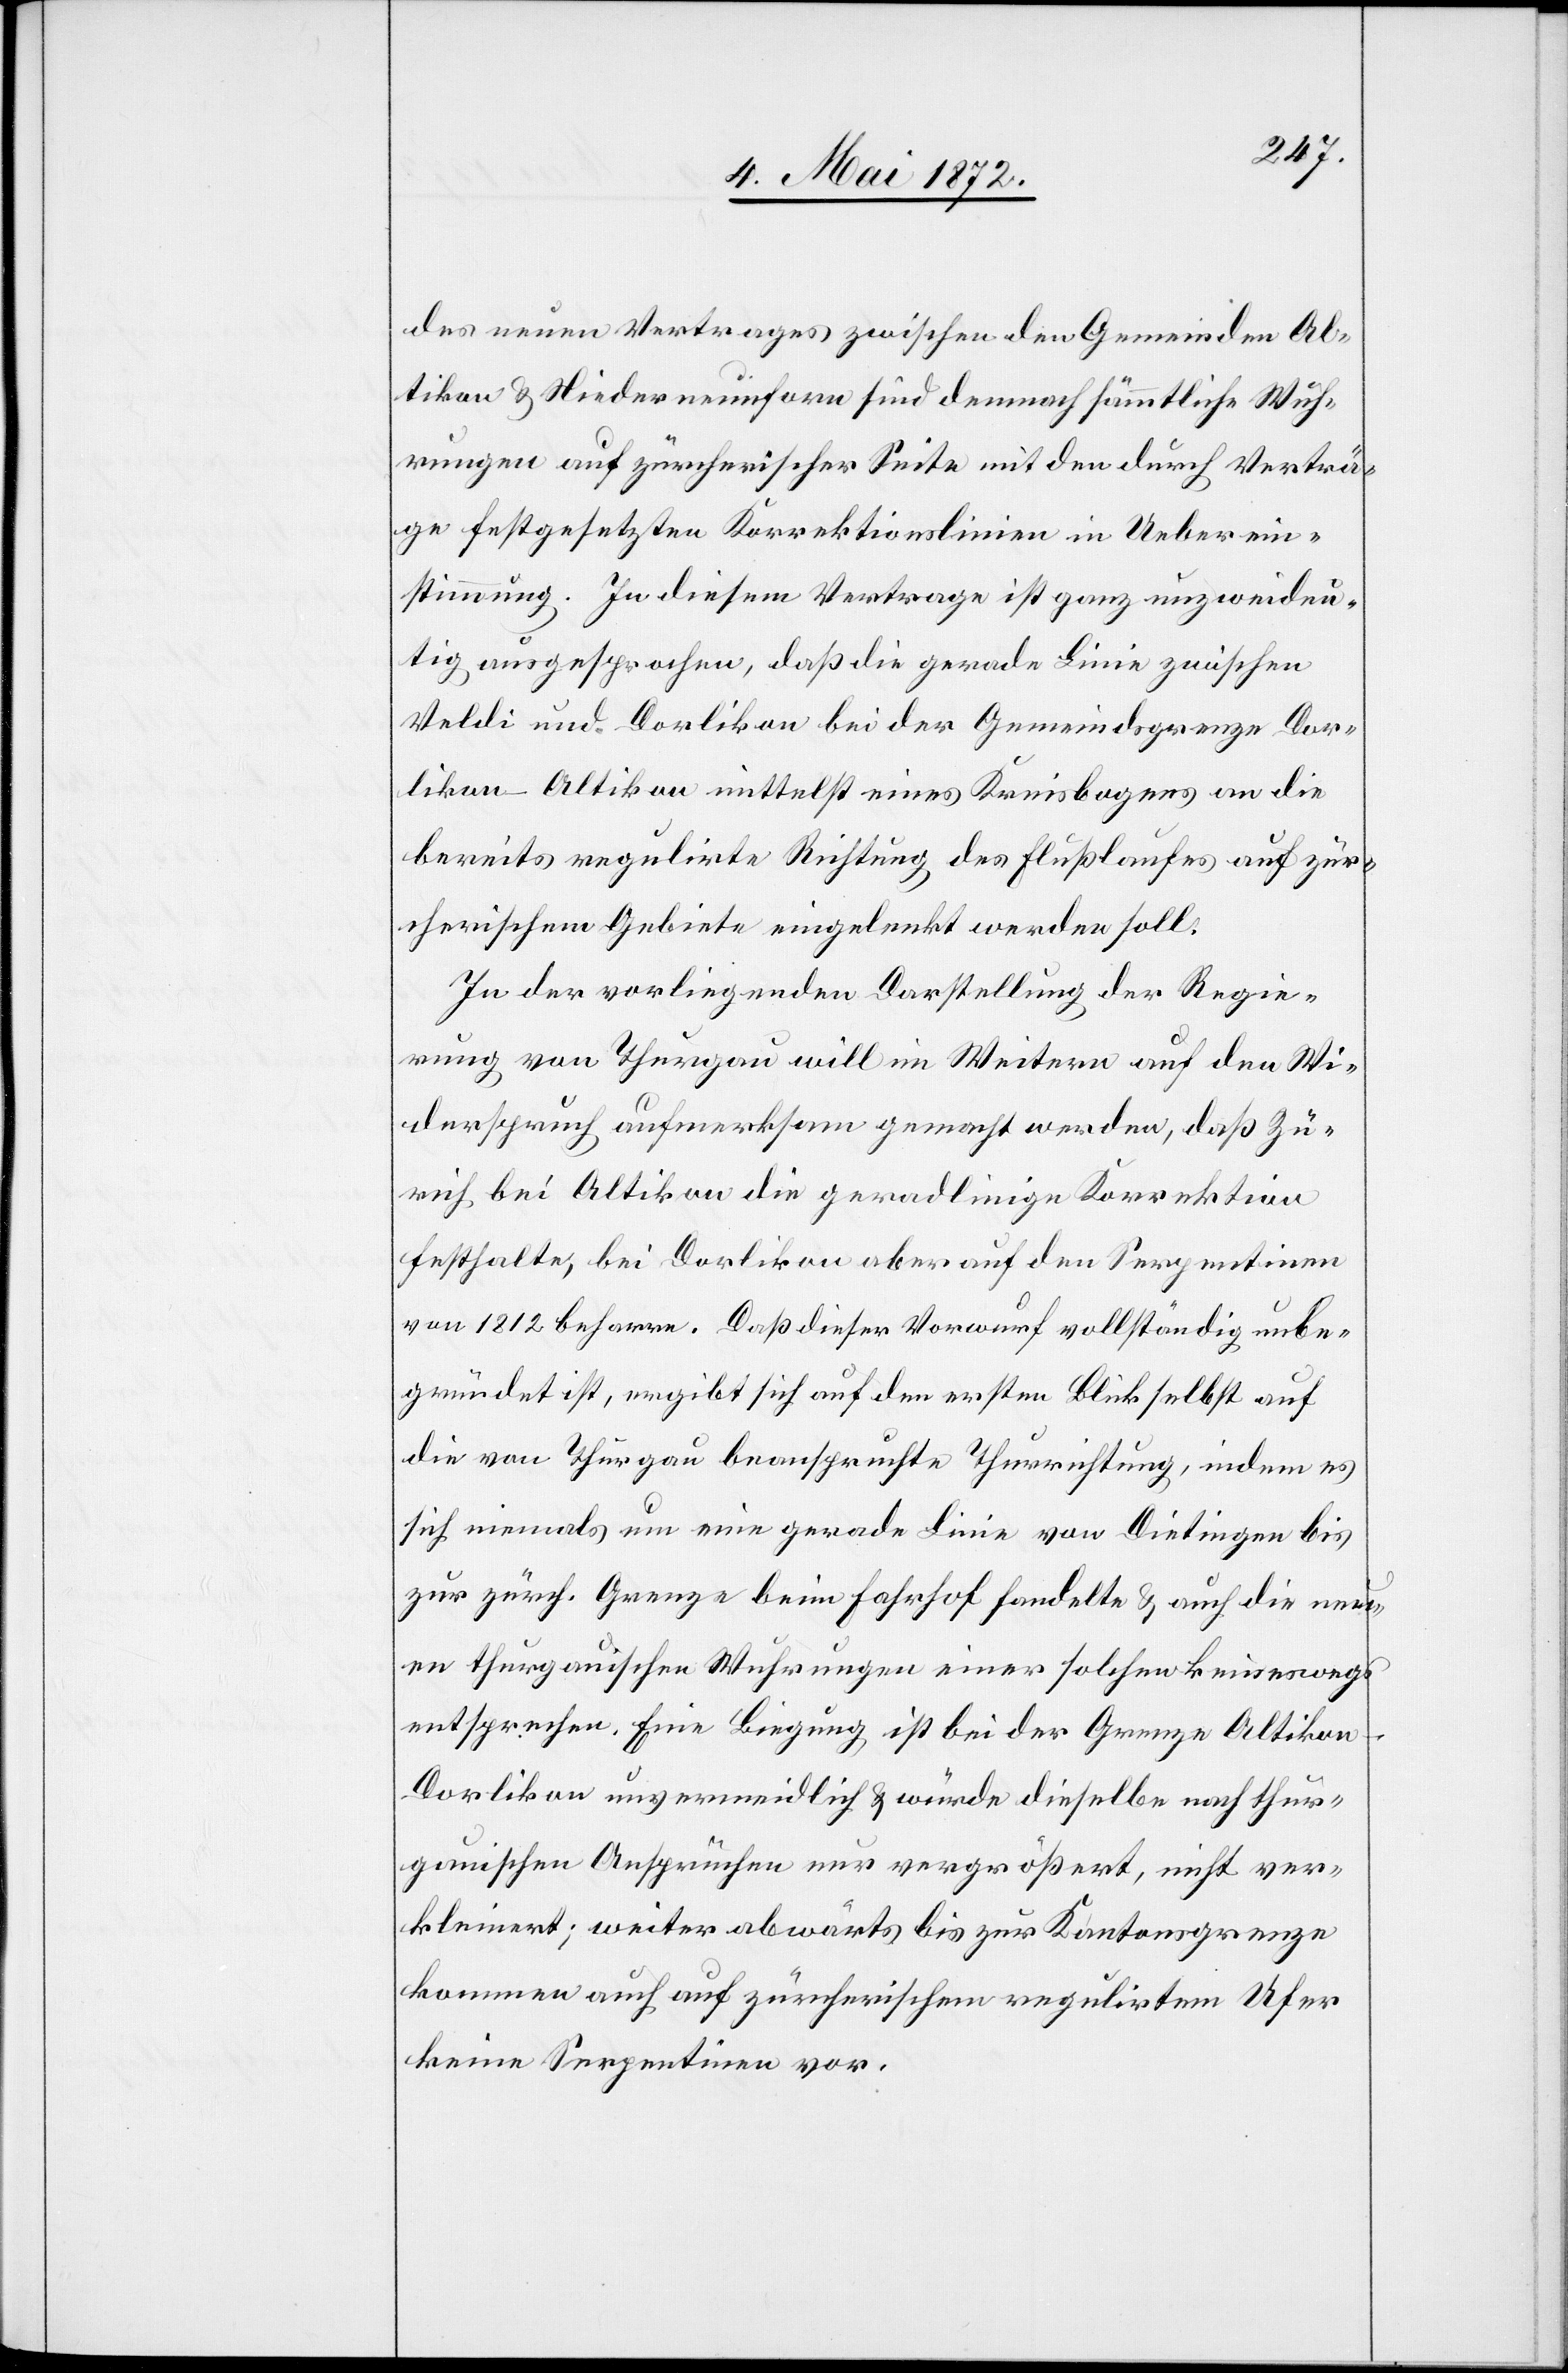
des neuen Vertrages zwischen den Gemeinden Al¬
tikon u. Niederneunforn sind demnach sämmtliche Wuh¬
rungen auf zürcherischer Seite mit den durch Verträ¬
ge festgesetzten Korrektionslinien in Ueberein¬
stimmung. In diesem Vertrage ist ganz unzweideu¬
tig ausgesprochen, daß die gerade Linie zwischen
Veldi und Dorlikon bei der Gemeindsgrenze Dor¬
lion-Altikon mittelst eines Kreisbogens an die
bereits regulirte Richtung des Flußlaufes auf zür¬
cherischem Gebiete eingelenkt werden soll.
In der vorliegenden Darstellung der Regie¬
rung von Thurgau will im Weitern auf den Wi¬
derspruch aufmerksam gemacht werden, daß Zü¬
rich bei Altikon die geradlinige Korrektion
festhalte, bei Dorlikon aber auf den Serpentinen
von 1812 beharre. Daß dieser Vorwurf vollständig unbe¬
gründet ist, ergibt sich auf den ersten Blick selbst auf
die von Thurgau beanspruchte Thurrichtung, indem es
sich niemals um eine gerade Linie von Dietingen bis
zur zürch. Grenze beim Fahrhof handelte u. auch die neu¬
en thurgauischen Wuhrungen einer solchen keineswegs
entsprechen. Eine Biegung ist bei der Grenze Altiko¬
n-Dorlikon unvermeidlich u. würde dieselbe nach thur¬
gauischen Ansprüchen nur vergrößert, nicht ver¬
kleinert; weiter abwärts bis zur Kantonsgrenze
kommen auch auf zürcherischem regulirtem Ufer
keine Serpentinen vor.